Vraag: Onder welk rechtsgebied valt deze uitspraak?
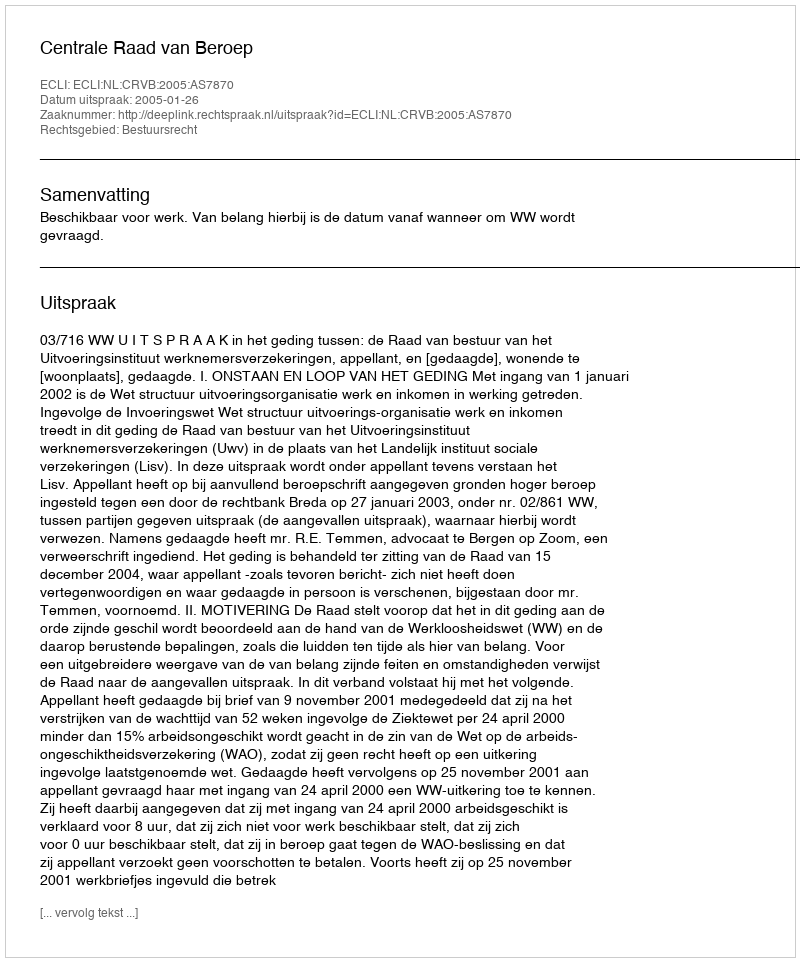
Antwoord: Bestuursrecht